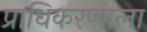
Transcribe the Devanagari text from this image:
प्राधिकरणाला